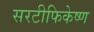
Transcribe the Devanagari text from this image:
सरटीफिकेष्ण